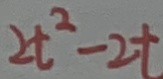
2 t ^ { 2 } - 2 t